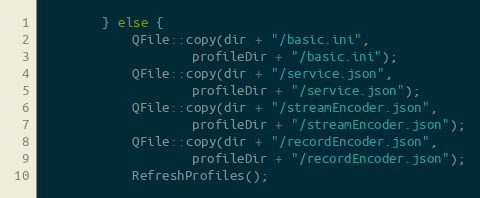
Language: C++
		} else {
			QFile::copy(dir + "/basic.ini",
				    profileDir + "/basic.ini");
			QFile::copy(dir + "/service.json",
				    profileDir + "/service.json");
			QFile::copy(dir + "/streamEncoder.json",
				    profileDir + "/streamEncoder.json");
			QFile::copy(dir + "/recordEncoder.json",
				    profileDir + "/recordEncoder.json");
			RefreshProfiles();